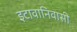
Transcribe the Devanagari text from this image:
इटावानिवासी